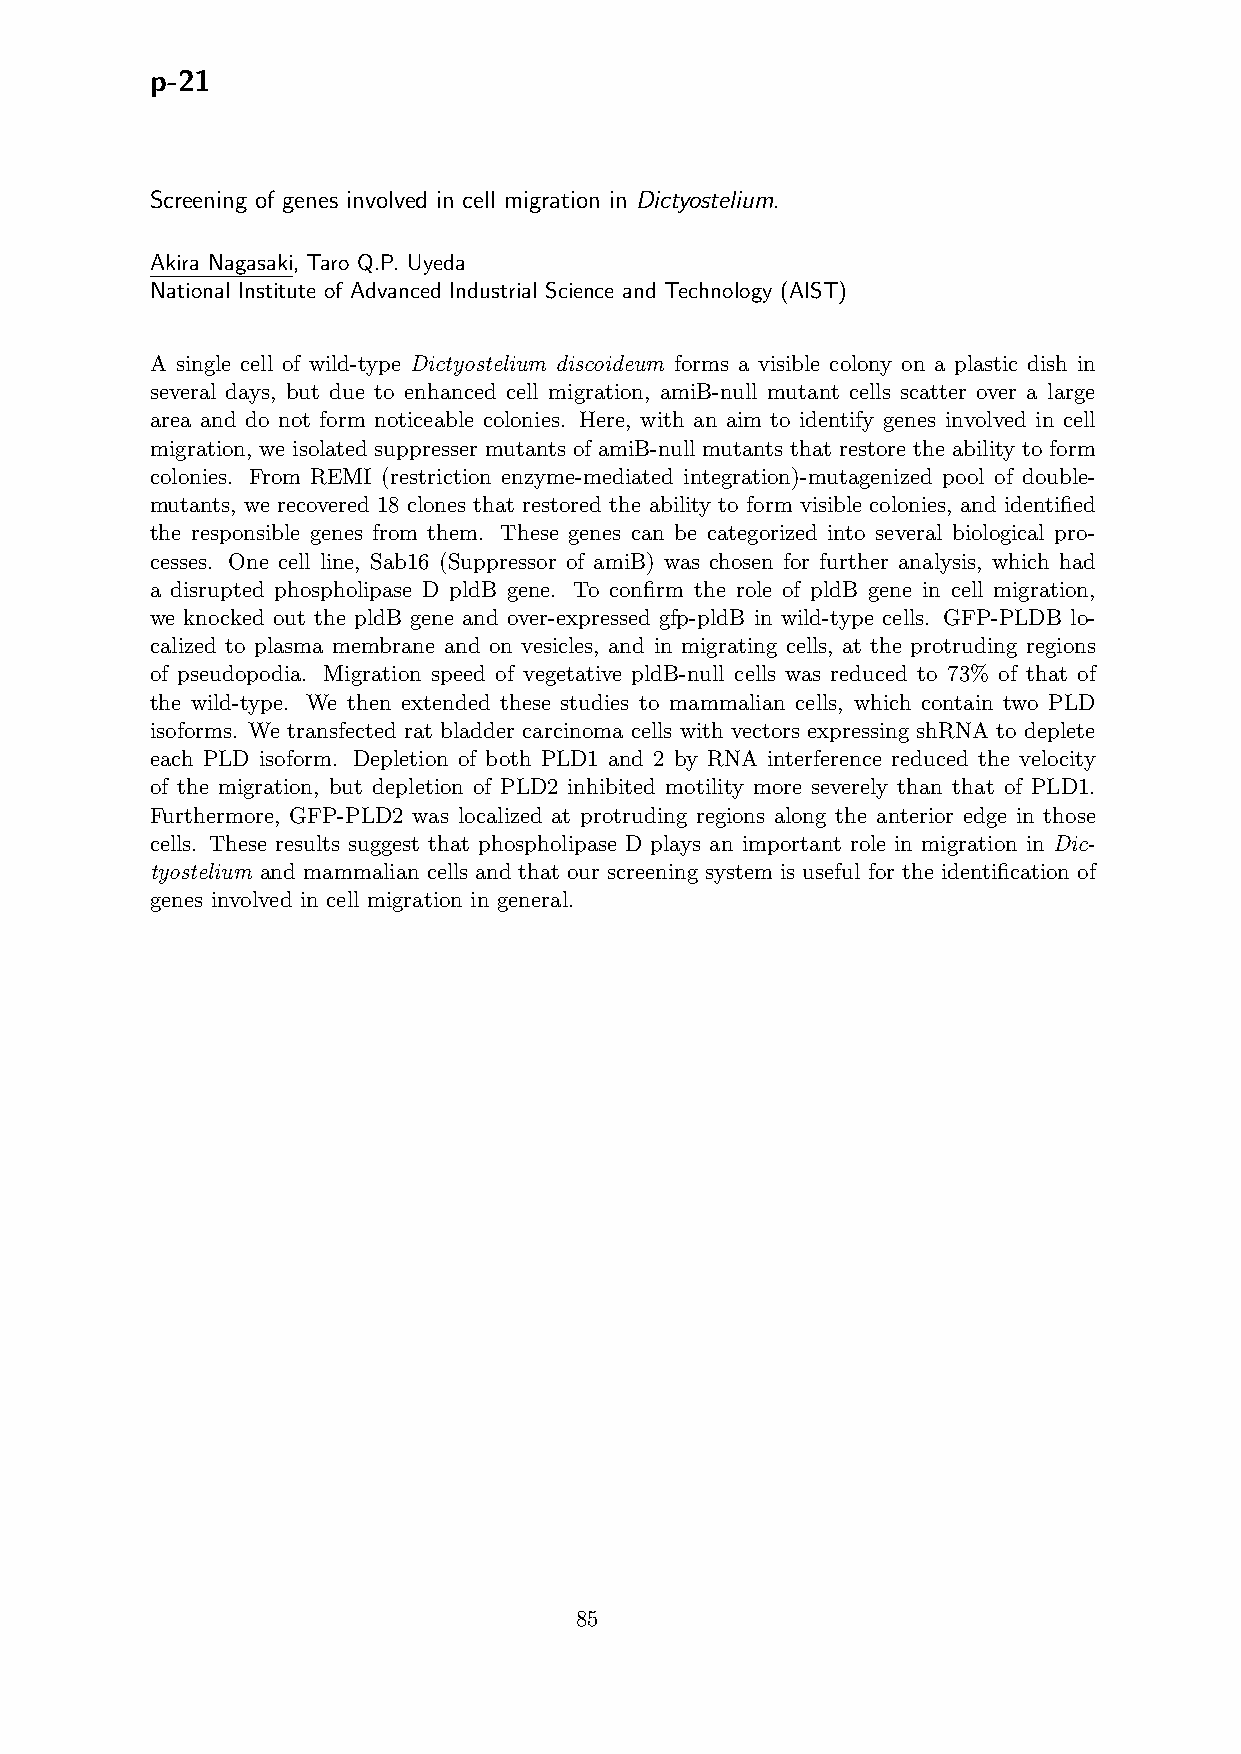
p-21
 Screening of genes involved in cell migration in Dictyostelium.
 Akira Nagasaki, Taro Q.P. Uyeda
 National Institute of Advanced Industrial Science and Technology (AIST)
 A single cell of wild-type Dictyostelium discoideum forms a visible colony on a plastic dish in
 several days, but due to enhanced cell migration, amiB-null mutant cells scatter over a large
 area and do not form noticeable colonies. Here, with an aim to identify genes involved in cell
 migration, we isolated suppresser mutants of amiB-null mutants that restore the ability to form
 colonies. From REMI (restriction enzyme-mediated integration)-mutagenized pool of double-
 mutants, we recovered 18 clones that restored the ability to form visible colonies, and identified
 the responsible genes from them. These genes can be categorized into several biological pro-
 cesses. One cell line, Sab16 (Suppressor of amiB) was chosen for further analysis, which had
 a disrupted phospholipase D pldB gene. To confirm the role of pldB gene in cell migration,
 we knocked out the pldB gene and over-expressed gfp-pldB in wild-type cells. GFP-PLDB lo-
 calized to plasma membrane and on vesicles, and in migrating cells, at the protruding regions
 of pseudopodia. Migration speed of vegetative pldB-null cells was reduced to 73% of that of
 the wild-type. We then extended these studies to mammalian cells, which contain two PLD
 isoforms. We transfected rat bladder carcinoma cells with vectors expressing shRNA to deplete
 each PLD isoform. Depletion of both PLD1 and 2 by RNA interference reduced the velocity
 of the migration, but depletion of PLD2 inhibited motility more severely than that of PLD1.
 Furthermore, GFP-PLD2 was localized at protruding regions along the anterior edge in those
 cells. These results suggest that phospholipase D plays an important role in migration in Dic-
 tyostelium and mammalian cells and that our screening system is useful for the identification of
 genes involved in cell migration in general.
 85